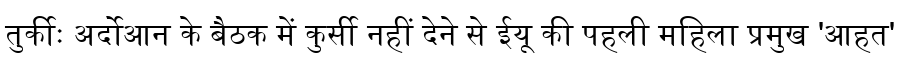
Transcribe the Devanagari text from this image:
तुर्कीः अर्दोआन के बैठक में कुर्सी नहीं देने से ईयू की पहली महिला प्रमुख 'आहत'